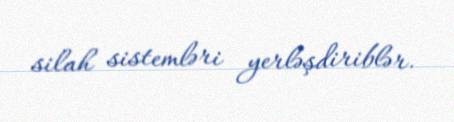
silah sistemləri yerləşdiriblər.